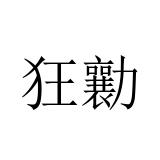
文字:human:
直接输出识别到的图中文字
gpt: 狂勷